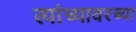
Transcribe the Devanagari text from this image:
त्यांच्यावरच्या